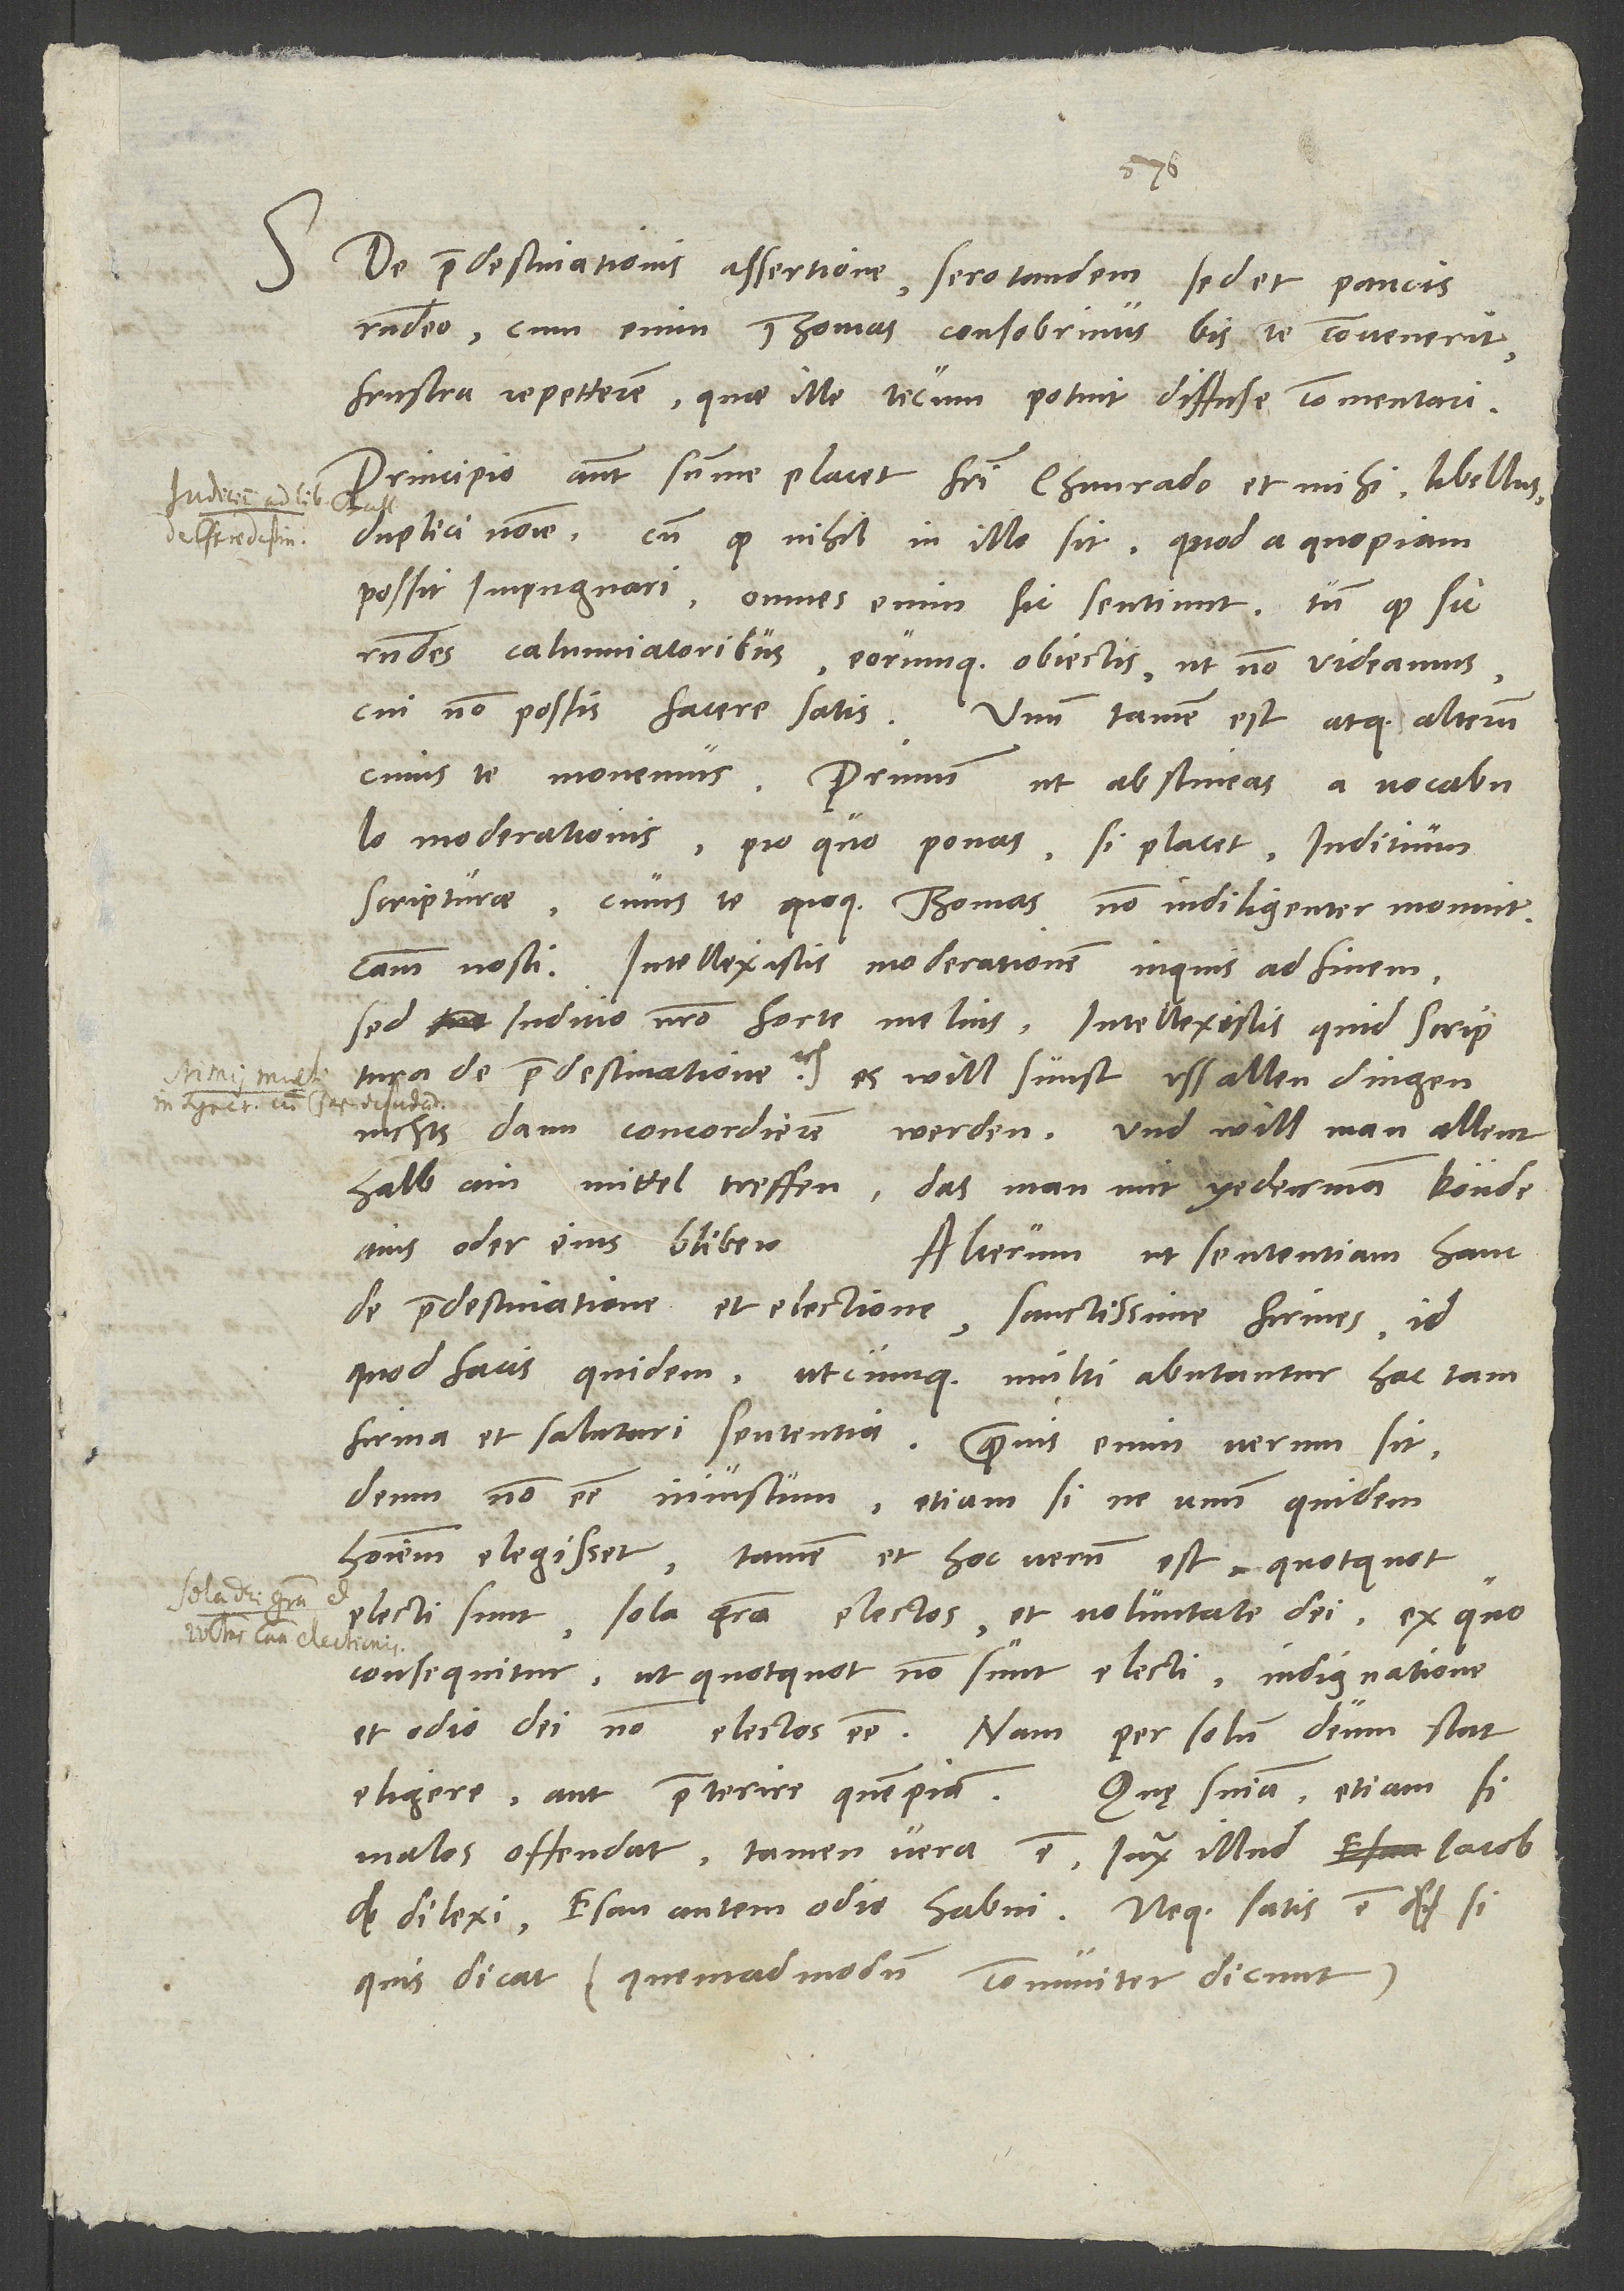
S. De praedestinationis assertione sero tandem, sed et paucis
respondeo. Cum enim Thomas consobrinus bis te convenerit,
frustra repetterem, quae ille tecum potuit diffuse commentari.
Principio autem summe placet fratri Chunrado et mihi libellus
duplici nomine, cum quod nihil in illo sit, quod a quopiam
possit impugnari - omnes enim sic sentiunt -, tum quod sic
respondes calumniatoribus eorumque obiectis, ut non videamus,
cui non possis facere satis. Unum tamen est atque alterum,
moderationis, pro quo ponas, si placet, iuditium
scripturae, cuius te quoque Thomas non indiligenter monuit.
Causam nosti: "Intellexistis moderationem", inquis ad finem,
sed iuditio nostro forte melius: "Intellexistis, quid scriptura
de praedestinatione" etc. Es will sunst uss allen dingen
nichts dann concordieren werden, und will man allenthalb
ain mittel treffen, das man mit yederman könde
ains oder eins bliben.
Alterum, ut sententiam hanc
de praedestinatione et electione sanctissime firmes, id
quod facis quidem, utcumque multi abutantur hac tam
firma et salutari sententia. Quamvis enim verum sit
deum non esse iniustum, etiam si ne unum quidem
hominem elegisset, tamen et hoc verum est, quotquot
electi sunt, sola gratia electos et voluntate dei, ex quo
consequitur, ut, quotquot non sunt electi, indignatione
et odio dei non electos esse. Nam per solum deum stat
Quae sententia etiam si
eligere aut praeterire quempiam.
malos offendat, tamen vera est iuxta illud: "Iacob